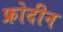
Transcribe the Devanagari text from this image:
फ्रोदीन